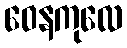
ဝေနကုလေ